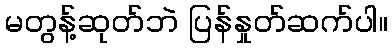
မတွန့်ဆုတ်ဘဲ ပြန်နှုတ်ဆက်ပါ။